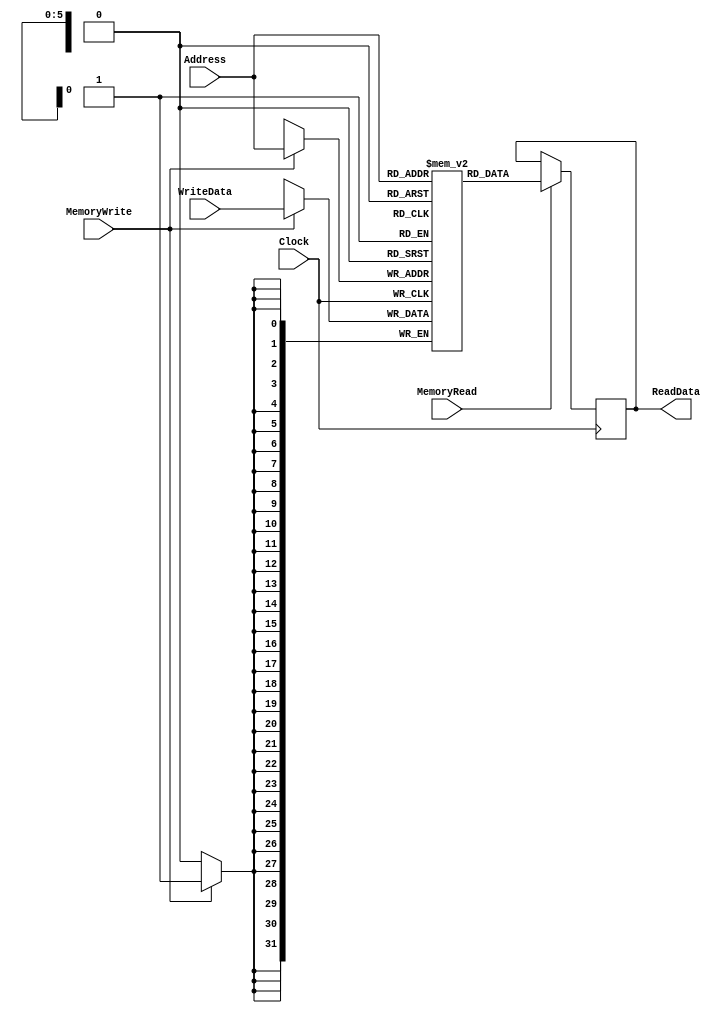
`timescale 1ns / 1ps
//////////////////////////////////////////////////////////////////////////////////
// Company: 
// Engineer: 
// 
// Design Name: 
// Module Name: DataMemory
// Project Name: 
// Target Devices: 
// Tool Versions: 
// Description: 
// 
// Dependencies: 
// 
// Revision:
// Revision 0.01 - File Created
// Additional Comments:
// 
//////////////////////////////////////////////////////////////////////////////////


module DataMemory(ReadData, Address, WriteData, MemoryRead, MemoryWrite, Clock);
output reg [31:0] ReadData;
input [5:0] Address;
input [31:0]WriteData;
input MemoryRead, MemoryWrite, Clock;

    reg [31:0] Memory[0:63]; //256 bytes of memory
    
    always @(posedge Clock)
        begin
        if (MemoryRead==1) //rising edge, read
            ReadData=Memory[Address];
    end
    
    always@(negedge Clock)
    begin
        if (MemoryWrite==1) //falling edge, write
            Memory[Address]= WriteData;
    end
    
endmodule